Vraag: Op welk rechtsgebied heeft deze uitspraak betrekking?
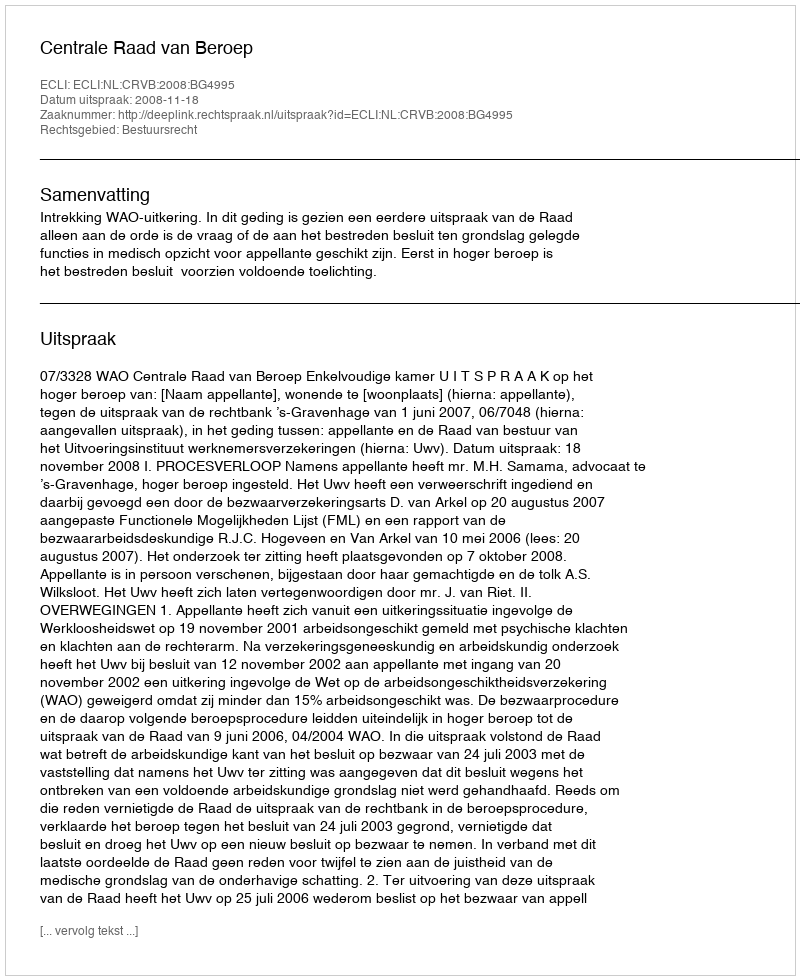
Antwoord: Bestuursrecht